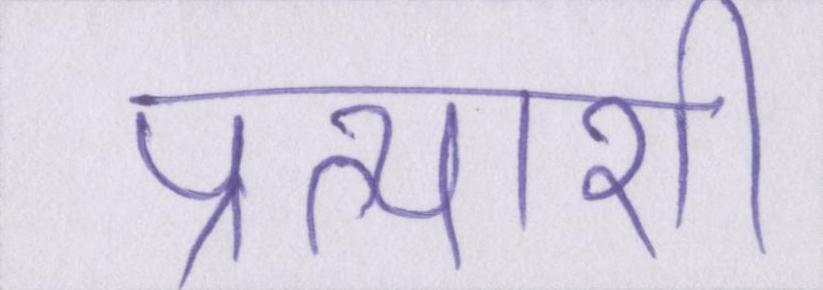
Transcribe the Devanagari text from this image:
प्रत्याशी